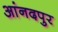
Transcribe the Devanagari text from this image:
आंनदपुर